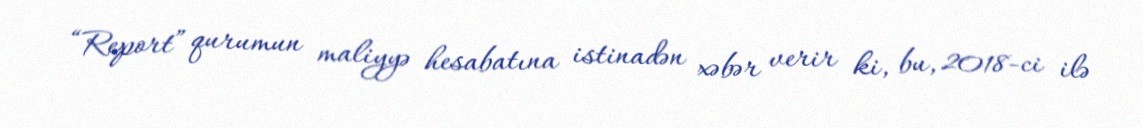
“Report” qurumun maliyyə hesabatına istinadən xəbər verir ki, bu, 2018-ci ilə